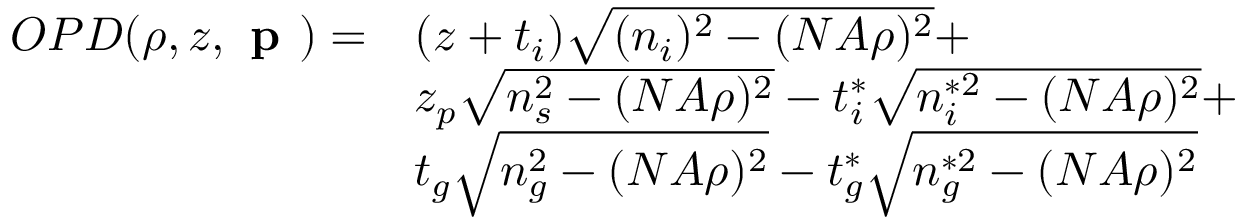
\begin{array} { c l } { O P D ( \rho , z , \textbf { p } ) = } & { ( z + t _ { i } ) \sqrt { ( n _ { i } ) ^ { 2 } - ( N A \rho ) ^ { 2 } } + } \\ & { z _ { p } \sqrt { n _ { s } ^ { 2 } - ( N A \rho ) ^ { 2 } } - t _ { i } ^ { * } \sqrt { n _ { i } ^ { * 2 } - ( N A \rho ) ^ { 2 } } + } \\ & { t _ { g } \sqrt { n _ { g } ^ { 2 } - ( N A \rho ) ^ { 2 } } - t _ { g } ^ { * } \sqrt { n _ { g } ^ { * 2 } - ( N A \rho ) ^ { 2 } } } \end{array}